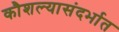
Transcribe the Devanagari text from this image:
कौशल्यासंदर्भात